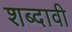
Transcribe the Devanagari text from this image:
शब्दावी